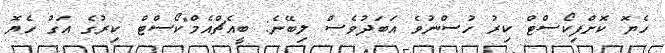
ހެޔޮ ކޮށްފިކޯސްޓް ކިރު ހުސްނުވެ އަބަދުވެސް ލިބޭނެ: ބީއެޗްއެމް"ކޯސްޓް ކިރުގެ އަގު ހެޔޮ